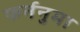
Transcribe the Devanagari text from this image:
फर्ननुमा